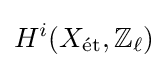
H^{i}(X_{\text{ét}},\mathbb {Z} _{\ell })